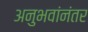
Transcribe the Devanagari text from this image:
अनुभवांनंतर